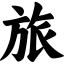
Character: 旅